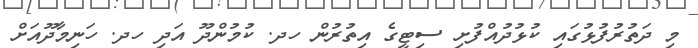
މި ދަތުރުފުޅުގައި ކުޅުދުއްފުށި ސިޓީގެ އިތުރުން ހދ. ކުމުންދޫ އަދި ހދ. ހަނިމާދޫއަށް